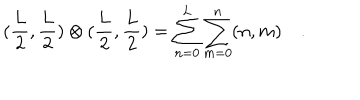
( \frac { L } { 2 } , \frac { L } { 2 } ) \otimes ( \frac { L } { 2 } , \frac { L } { 2 } ) = \sum _ { n = 0 } ^ { L } \sum _ { m = 0 } ^ { n } ( n , m ) \quad .